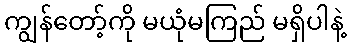
ကျွန်တော့်ကို မယုံမကြည် မရှိပါနဲ့